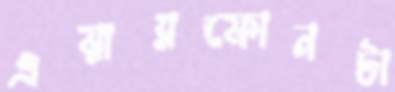
এয়ারফোনটা